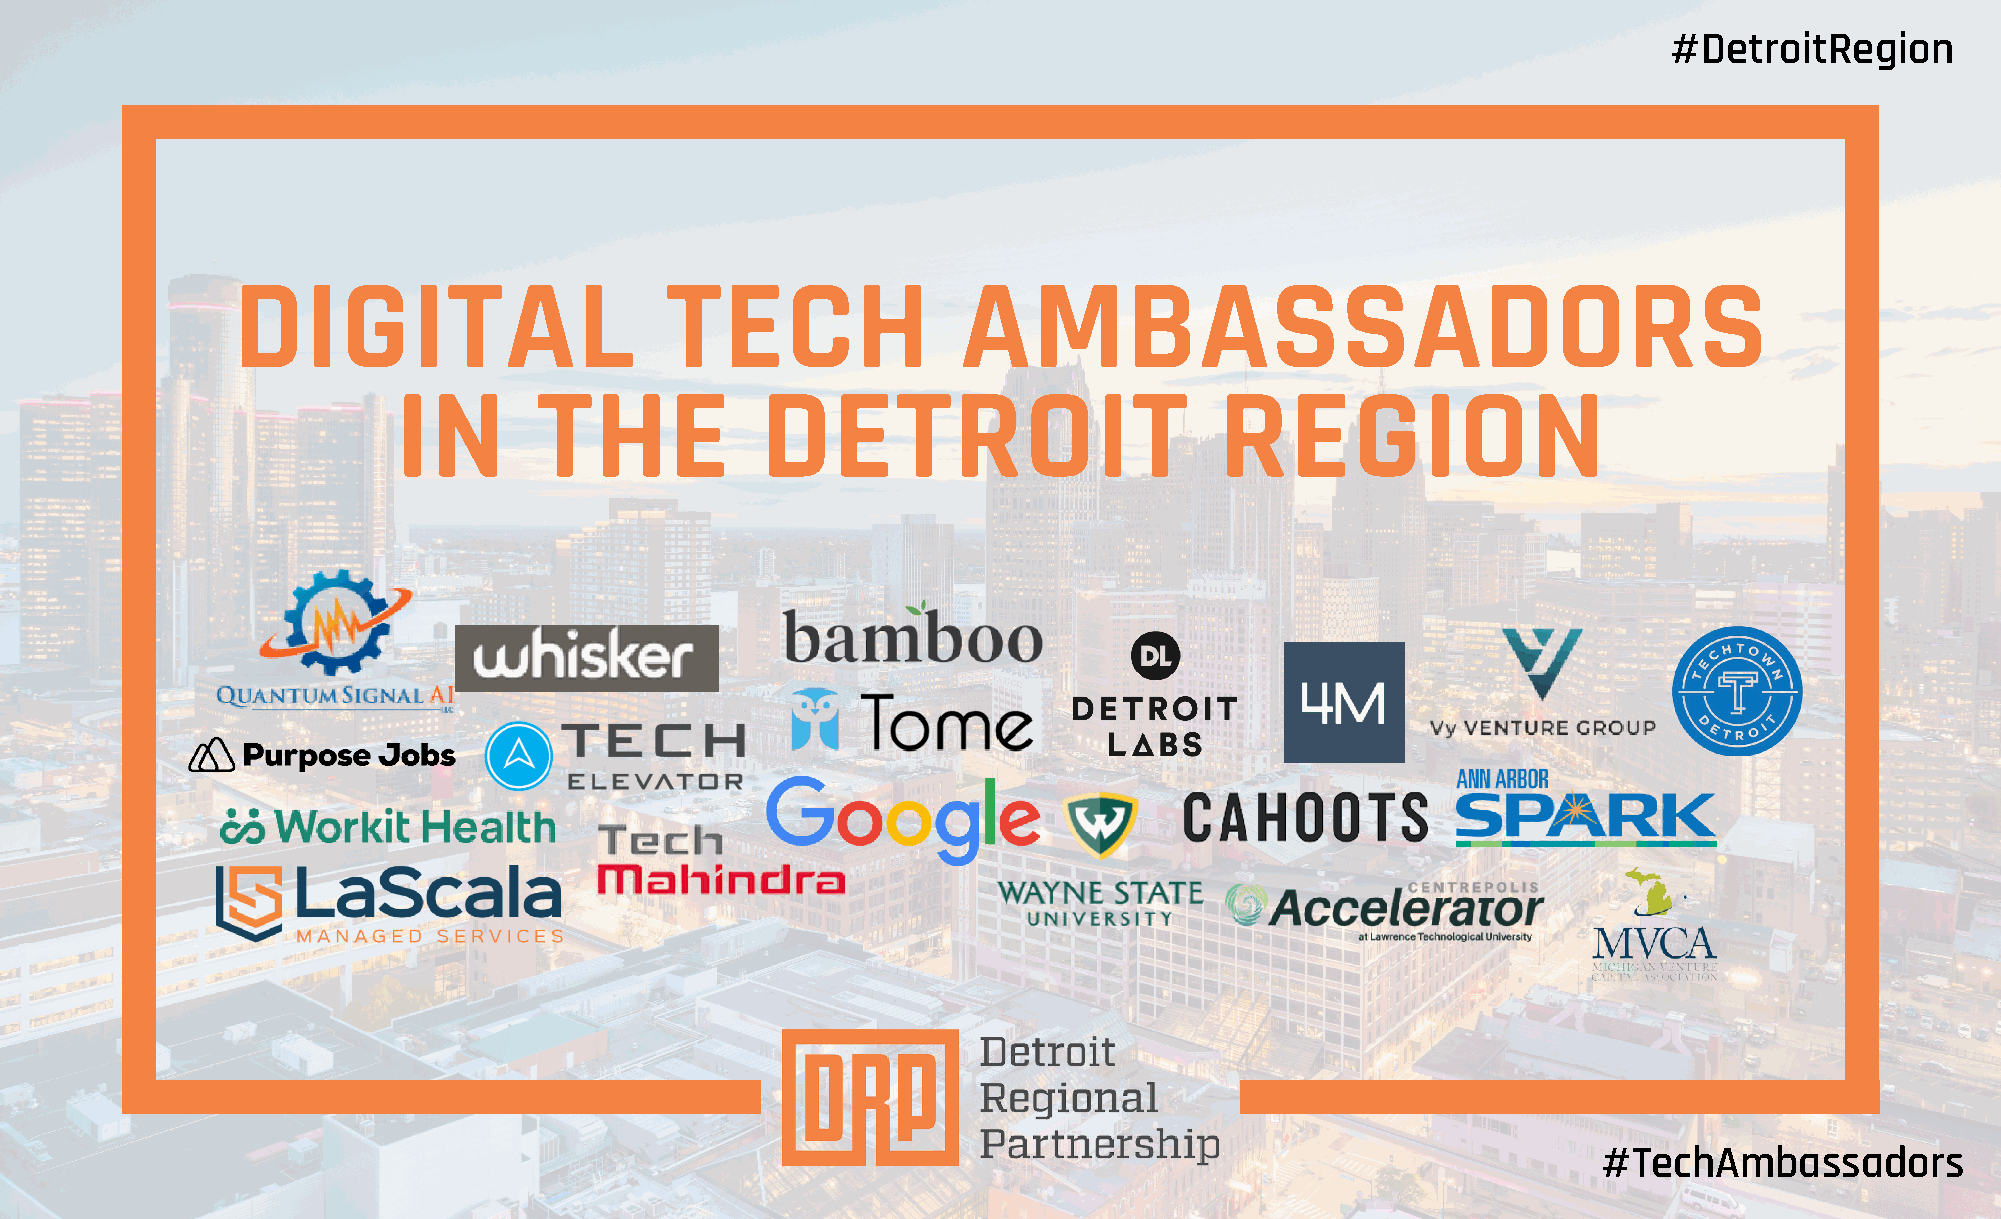
#DetroitRegion
 DIGITAL                      TECH                AMBASSADORS
 IN       THE            DETROIT                        REGION
 #TechAmbassadors